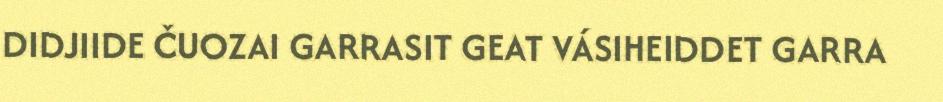
DIDJIIDE ČUOZAI GARRASIT GEAT VÁSIHEIDDET GARRA